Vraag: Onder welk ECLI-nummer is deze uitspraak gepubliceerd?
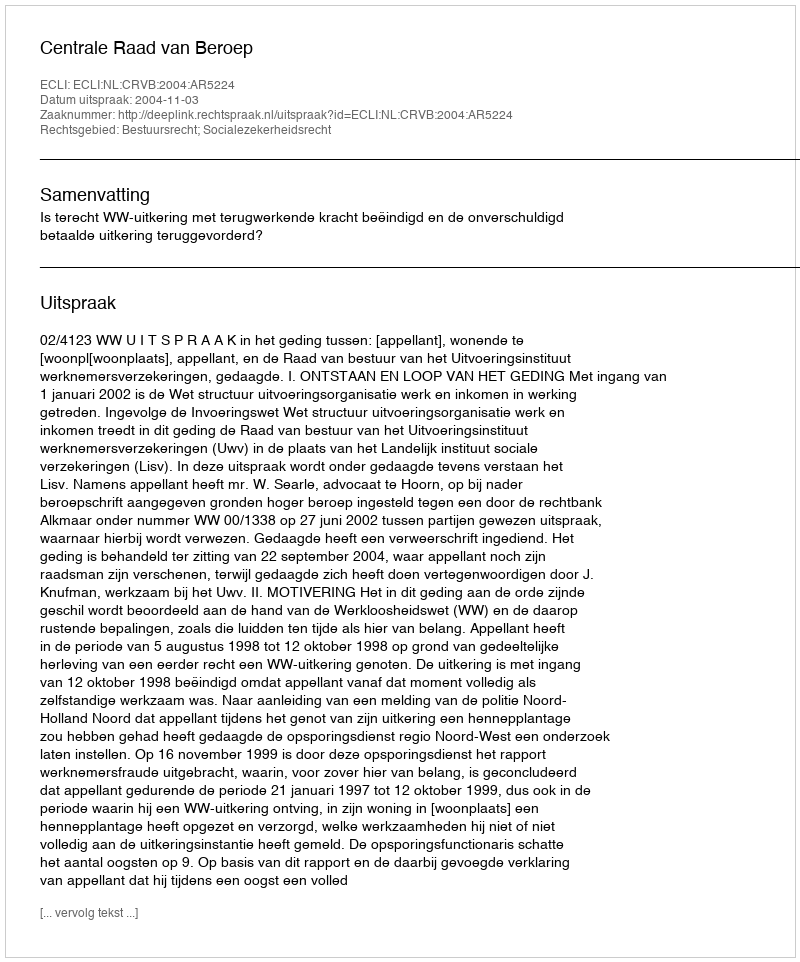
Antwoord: ECLI:NL:CRVB:2004:AR5224